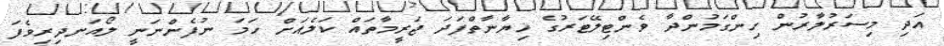
އަދި މިސަރުލާރުން ހިންގަމުންދާ ވެންޓިލޭޓަރުގެ ޚިޔާނާތްފަދަ ޖަރީމާތައް ކަލެއަށް ހަމަ ނުފެންނަނީ ލޯއަނދިރިވެފަ